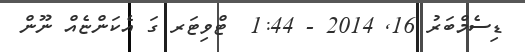
ޑިސެމްބަރު 16